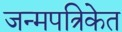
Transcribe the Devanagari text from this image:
जन्मपत्रिकेत